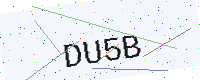
Text: DU5B